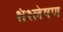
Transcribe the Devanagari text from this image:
शंश्लेषण